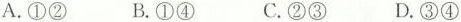
A.①② B.①④ C.②③ D.③④